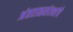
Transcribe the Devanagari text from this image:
अंतराळसंस्थांचे